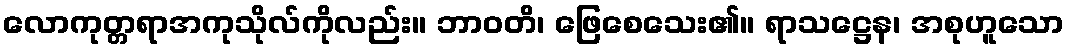
လောကုတ္တရာအကုသိုလ်ကိုလည်း။ ဘာဝတိ၊ ဖြေစေသေး၏။ ရာသဋ္ဌေန၊ အစုဟူသော